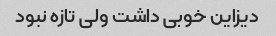
دیزاین خوبی داشت ولی تازه نبود